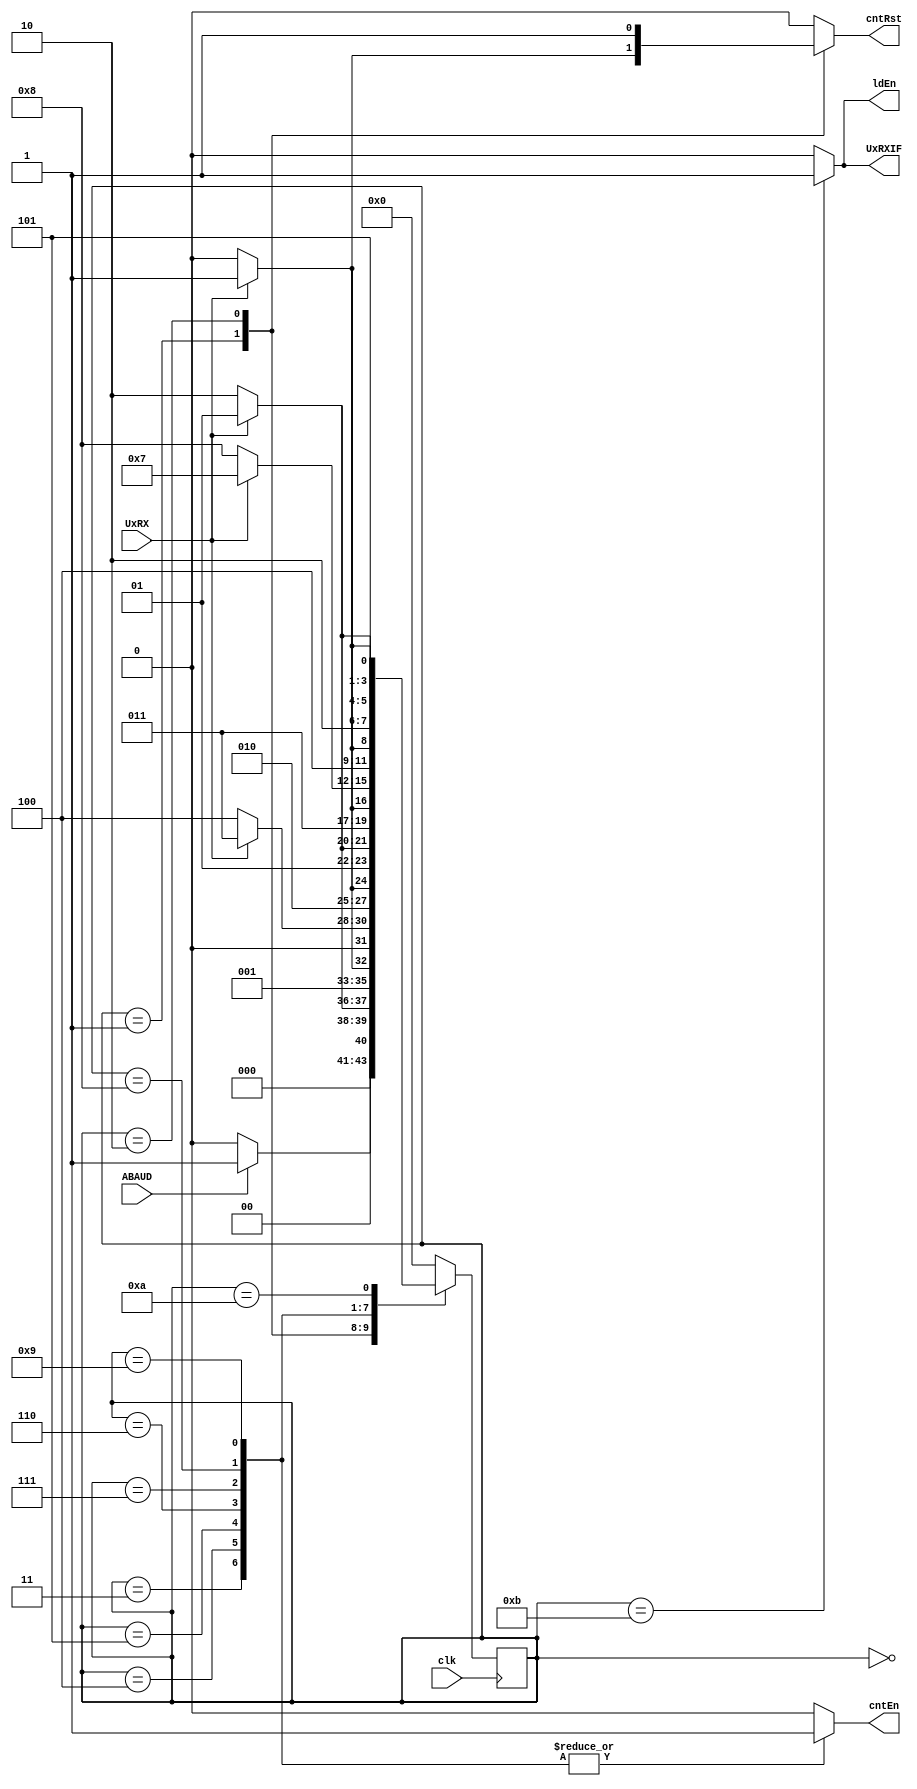
`timescale 1ps/1ps
module Controller(output reg cntRst, UxRXIF, ldEn, cntEn, input clk, ABAUD, UxRX);
    reg [3:0] ps,ns;
    parameter[3:0] Idle = 0, Init = 1, Start = 2 , U1 = 3, U2 = 4,U3 = 5, U4 = 6, U5 = 7, U6 = 8, U7 = 9, U8 = 10, End = 11;

    always@(ps, ABAUD, UxRX) 
    begin
        ns = Idle;
        {cntEn, ldEn, UxRXIF, cntRst} = 4'b0000;
        case(ps)
            Idle: ns = ABAUD ? Init : Idle;
            Init: begin 
                ns = UxRX ? Init : Start;
                cntRst = UxRX ? 1'b1 : 1'b0; 
            end
            Start: begin 
                ns = UxRX ? U1 : Start;
                cntRst = 1'b1; 
            end
            U1: begin
                ns = UxRX ? U1 : U2;
                cntEn = 1'b1;
            end
            U2: begin
                ns = UxRX ? U3 : U2;
                cntEn = 1'b1;
            end
            U3: begin 
                ns = UxRX ? U3 : U4;
                cntEn = 1'b1;
            end
            U4: begin
                ns = UxRX ? U5 : U4; 
                cntEn = 1'b1;
            end
            U5: begin
                ns = UxRX ? U5 : U6; 
                cntEn = 1'b1;
            end
            U6: begin
                ns = UxRX ? U7 : U6;
                cntEn = 1'b1;
            end
            U7: begin
                ns = UxRX ? U7 : U8 ; 
                cntEn = 1'b1;
            end 
            U8: ns = UxRX ? End : U8; 
            End: begin
                ns = Idle;
                UxRXIF = 1'b1;
                ldEn = 1'b1;
            end
        default ns = Idle;
        endcase
    end

    always@(posedge clk) begin
        ps <= ns;
    end
endmodule